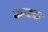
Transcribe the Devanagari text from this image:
कन्टक